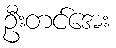
ဦးတင်အေး